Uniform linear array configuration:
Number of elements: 12
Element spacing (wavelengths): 1
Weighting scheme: hann
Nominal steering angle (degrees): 15
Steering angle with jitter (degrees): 14.336
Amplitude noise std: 0.05
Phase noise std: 0.05

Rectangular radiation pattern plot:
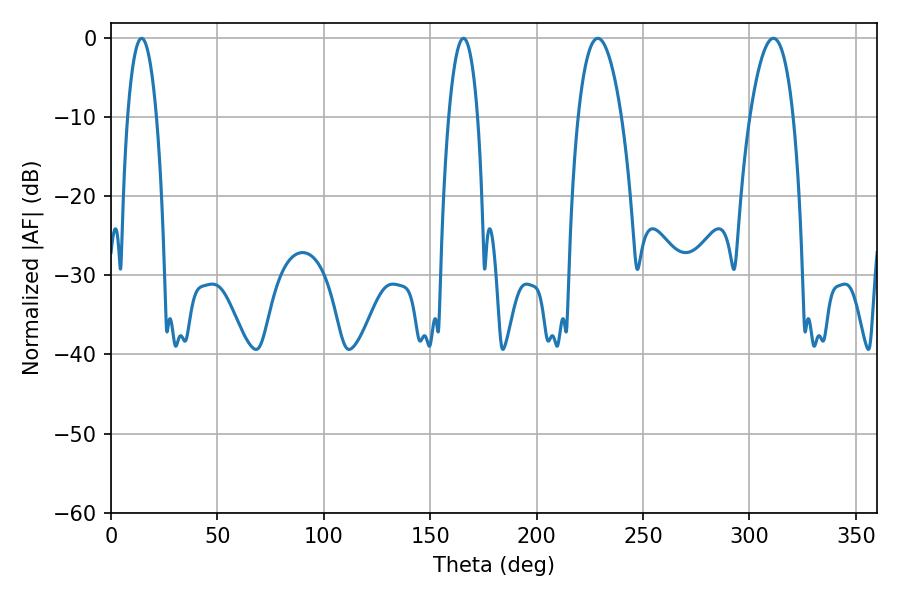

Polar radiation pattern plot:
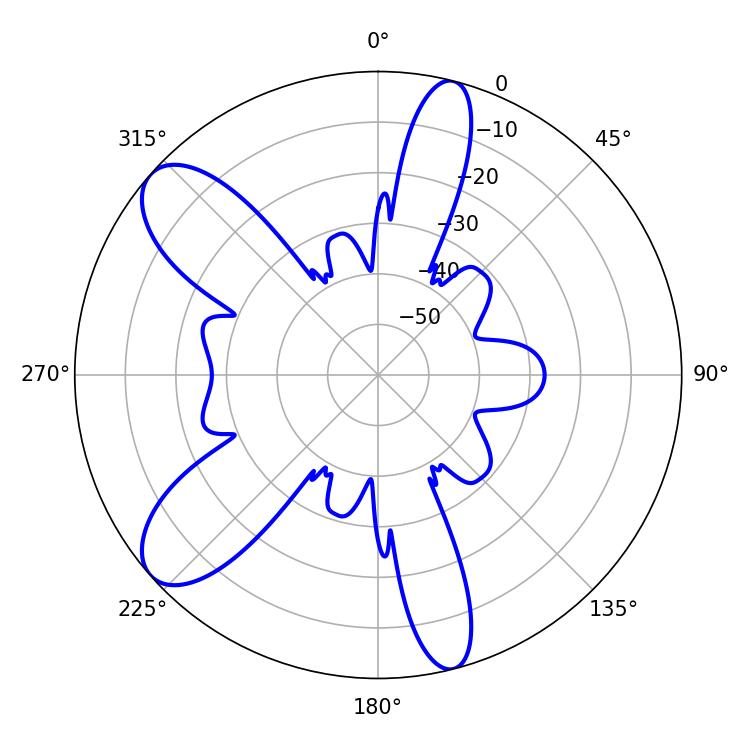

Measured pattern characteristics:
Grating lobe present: TRUE
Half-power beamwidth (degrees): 7.56
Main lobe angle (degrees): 14.4